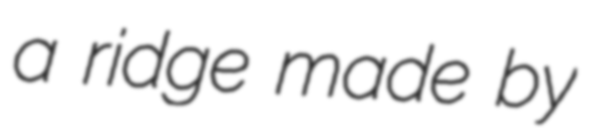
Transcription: a ridge made by